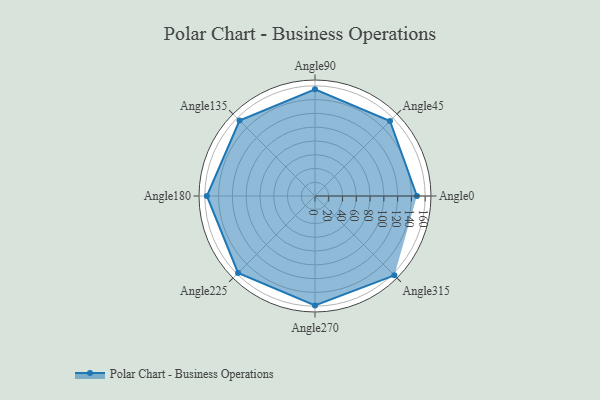
{"axis": {"x": "Angle", "y": "Radius"}, "legend": [""], "data": [{"x": "Angle0", "y": 148.0, "type": ""}, {"x": "Angle45", "y": 154.0, "type": ""}, {"x": "Angle90", "y": 155.0, "type": ""}, {"x": "Angle135", "y": 155.0, "type": ""}, {"x": "Angle180", "y": 157.0, "type": ""}, {"x": "Angle225", "y": 158.0, "type": ""}, {"x": "Angle270", "y": 159.0, "type": ""}, {"x": "Angle315", "y": 163.0, "type": ""}]}